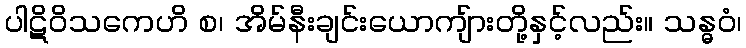
ပါဋိဝိသကေဟိ စ၊ အိမ်နီးချင်းယောကျ်ားတို့နှင့်လည်း။ သန္ဓဝံ၊